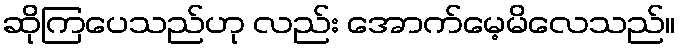
ဆိုကြပေသည်ဟု လည်း အောက်မေ့မိလေသည်။